Medical and sanitary report of the native army of Bengal for the year
Year: 1875
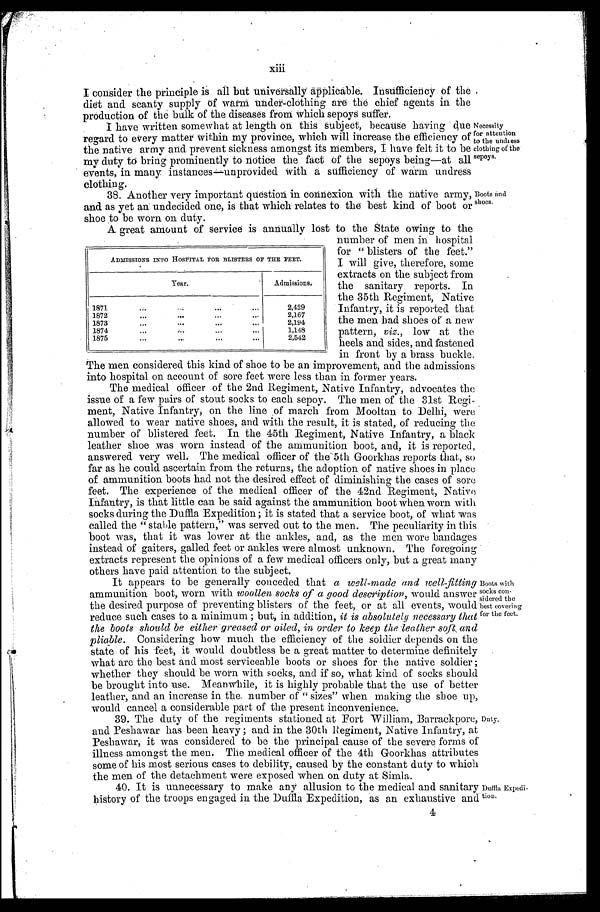
xiii
I consider the principle is all but universally applicable. Insufficiency of the
diet and scanty supply of warm under-clothing are the chief agents in the
production of the bulk of the diseases from which sepoys suffer.
I have written somewhat at length on this subject, because having due
regard to every matter within my province, which will increase the efficiency of
the native army and prevent sickness amongst its members, I have felt it to be
my duty to bring prominently to notice the fact of the sepoys being—at all
events, in many instances—unprovided with a sufficiency of warm undress
clothing.
38. Another very important question in connexion with the native army,
and as yet an undecided one, is that which relates to the best kind of boot or
shoe to be worn on duty.
Necessity
for attention
to the undress
clothing of the
sepoys.
Boots and
shoes.
A great amount of service is annually lost to the State owing to the
number of men in hospital
for "blisters of the feet."
I will give, therefore, some
extracts on the subject from
the sanitary reports. In
the 35th Regiment, Native
Infantry, it is reported that
the men bad shoes of a new
pattern, , low at the
heels and sides, and fastened
in front by a brass buckle.
The men considered this kind of shoe to be an improvement, and the admissions
into hospital on account of sore feet were less than in former years.
The medical Officer of the 2nd Regiment, Native Infantry, advocates the
issue of a few pairs of stout socks to each sepoy. The men of the 31st Regi
-
ment, Native Infantry, on the line of march from Mooltan to Delhi, were
allowed to wear native shoes, and with the result, it is stated, of reducing the
number of blistered feet. In the 45th Regiment, Native Infantry, a black
leather shoe was worn instead of the ammunition boot, and, it is reported,
answered very well. The medical officer of the 5th Goorkhas reports that, so
far as he could ascertain from the returns, the adoption of native shoes in place
of ammunition boots had not the desired effect of diminishing the cases of sore
feet. The experience of the medical officer of the 42nd Regiment, Native
Infantry, is that little can be said against the ammunition boot when worn with
socks during the Duffia Expedition; it is stated that a service boot, of what was
called the "stable pattern," was served out to the men. The peculiarity in this
boot was, that it was lower at the ankles, and, as the men wore bandages
instead of gaiters, galled feet or ankles were almost unknown. The foregoing
extracts represent the opinions of a few medical officers only, but a great many
others have paid attention to the subject.
It appears to be generally conceded that a well-made and well-fitting
ammunition boot, worn with woollen socks of a good description, would answer
the desired purpose of preventing blisters of the feet, or at all events, would
reduce such cases to a minimum ; but, in addition, it is absolutely necessary that
the boots should be either greased or oiled, in order to keep the leather soft and
pliable.
Considering how much the efficiency of the soldier depends on the
state of his feet, it would doubtless be a great matter to determine definitely
what are the best and most serviceable boots or shoes for the native soldier;
whether they should be worn with socks, and if so, what kind of socks should
be brought into use. Meanwhile, it is highly probable that the use of better
leather, and an increase in the number ot "sizes" when making the shoe up,
would cancel a considerable part of the present inconvenience.
ADMISSIONS INTO HOSPITAL FOR BLISTERS OF THE FEET.
Year.
Admissions.
1871 . . .
2,429
1872 . . .
2,167
1873 . . .
2,194
1874 . . .
1,148
1875 . . .
2,542
Boots with
socks con
-sidered the
best covering
for the feet.
39. The duty of the regiments stationed at Fort William, Barrackpore,
and Peshawar has been heavy ; and in the 30th Regiment, Native Infantry, at
Peshawar, it was considered to be the principal cause of the severe forms of
illness amongst the men. The medical officer of the 4th Goorkhas attributes
some of his most serious cases to debility, caused by the constant duty to which
the men of the detachment were exposed when on duty at Simla.
40. It is unnecessary to make any allusion to the medical and sanitary
history of the troops engaged in the Duffia Expedition, as an exhaustive and
Duty.
Duffla Expedi
-tion.
4